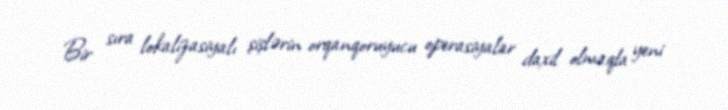
Bir sıra lokalizasiyalı şişlərin orqanqoruyucu operasiyalar daxil olmaqla yeni